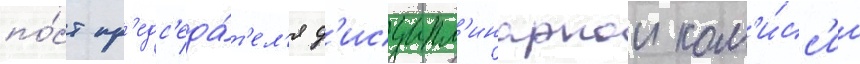
по́ст пр'едс'еда́т'ел'я д'исципл'инарнои ком'и́сс'ии